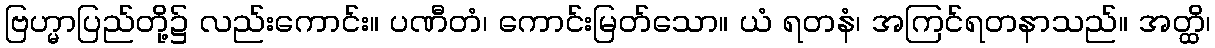
ဗြဟ္မာပြည်တို့၌ လည်းကောင်း။ ပဏီတံ၊ ကောင်းမြတ်သော။ ယံ ရတနံ၊ အကြင်ရတနာသည်။ အတ္ထိ၊